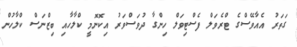
ގަތަރު އެއާވޭސްގެ ޓްރެވަލް ފެސްޓިވަލް ހިންގާ ދުވަސްވަރު އިކޮނޮމީ ކްލާހާއި ބިޒްނަސް ކްލާހުން